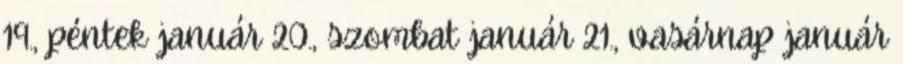
19., péntek január 20., szombat január 21., vasárnap január